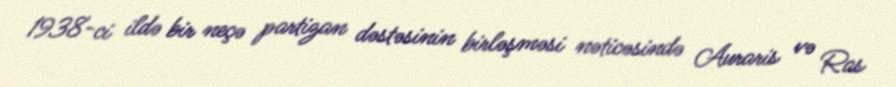
1938-ci ildə bir neçə partizan dəstəsinin birləşməsi nəticəsində Auraris və Ras